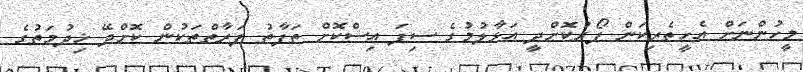
މީހުންނަށް އެހީތެރިކަން ފޯރުކޮށްދީ އަޅާލުމުގެ ސިފަ އިސްކޮށް ތަފާތު ފަރާތްތަކުން ކޮށްދޭ ޚިދުމަތުގެ